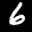
Label: 6